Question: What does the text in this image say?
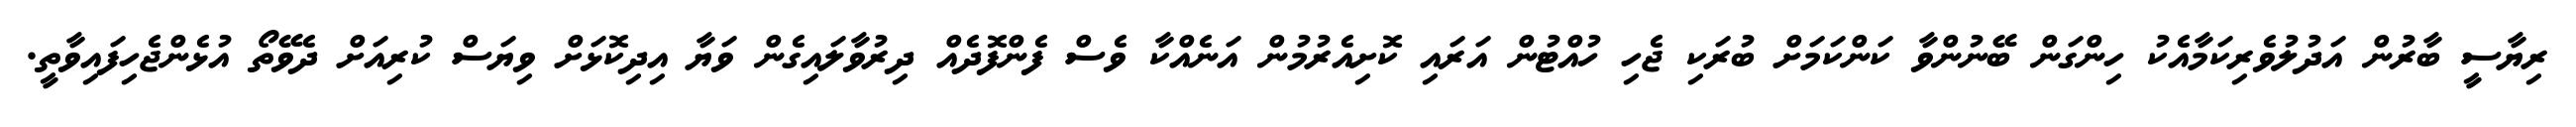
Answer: ރިޔާސީ ބާރުން އަދުލުވެރިކަމާއެކު ހިންގަން ބޭނުންވާ ކަންކަމަށް ބުރަކި ޖެހި ހުއްޓުން އަރައި ކޮށިއެރުމުން އަނެއްކާ ވެސް ފެންފޮދެއް ދިރުވާލައިގެން ވަޔާ އިދިކޮޅަށް ވިޔަސް ކުރިއަށް ދެވޭތޯ އުޅެންޖެހިފައިވާތީ.